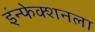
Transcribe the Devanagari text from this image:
इंन्फेक्शनला